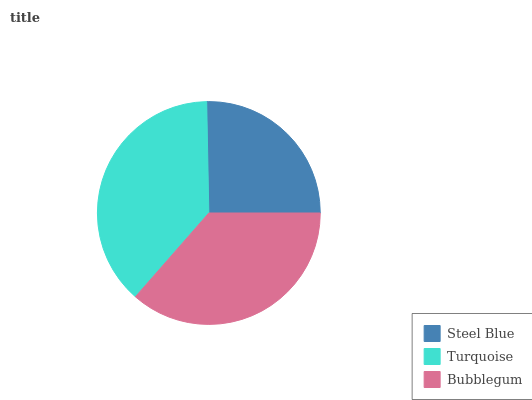
| Steel Blue | Turquoise | Bubblegum |
 | --- | --- | --- |
 | 25.3% | 38.2% | 36.5% |